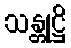
သန္တုဋ္ဌိ